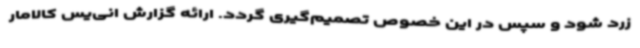
زرد شود و سپس در این خصوص تصمیم‌گیری گردد. ارائه گزارش انی‌یس کالامار